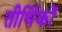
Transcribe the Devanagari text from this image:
तीर्थिकों